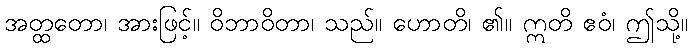
အတ္ထတော၊ အားဖြင့်။ ဝိဘာဝိတာ၊ သည်။ ဟောတိ၊ ၏။ ဣတိ ဧဝံ၊ ဤသို့။